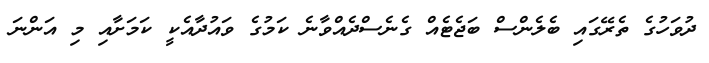
ދުވަހުގެ ތެރޭގައި ބެލެންސް ބަޖެޓެއް ގެނެސްދެއްވާނެ ކަމުގެ ވައުދާއެކީ ކަމަށާއި މި އަންނަ